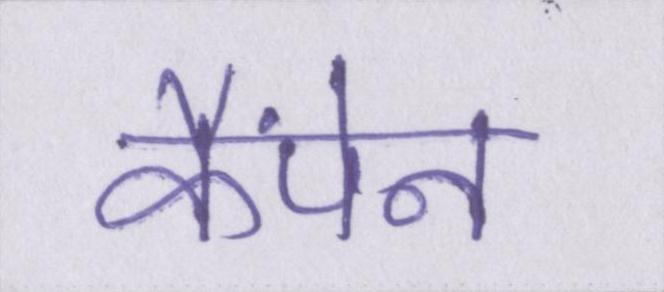
कैंपेन